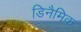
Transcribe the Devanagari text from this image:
डिनैमिक